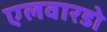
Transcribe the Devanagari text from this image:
एलवारडो